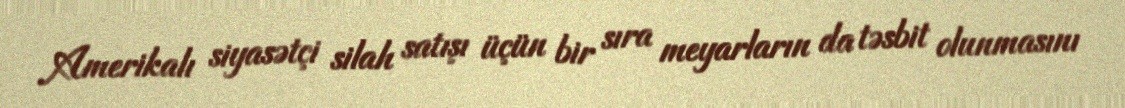
Amerikalı siyasətçi silah satışı üçün bir sıra meyarların da təsbit olunmasını